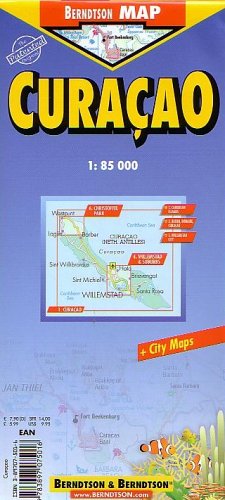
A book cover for Berndtson & Berndtson Curacao Map (B&B maps); Berndtson & Berndtson; Travel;